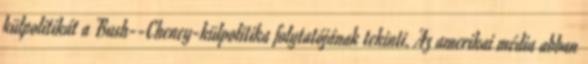
külpolitikát a Bush--Cheney-külpolitika folytatójának tekinti. Az amerikai média abban